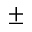
\pm